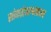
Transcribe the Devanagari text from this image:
सांगतोआश्वलायन